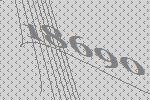
18690